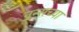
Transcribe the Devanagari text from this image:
नन्सच्या